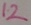
Text: 12